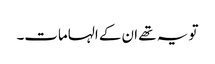
تو یہ تھے ان کے الہامات۔